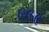
૯૯૯